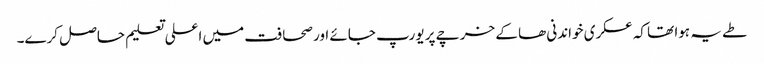
طے یہ ہوا تھا کہ عسکری خواندنی ھا کے خرچے پر یورپ جائے اور صحافت میں اعلی تعلیم حاصل کرے۔